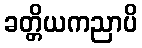
ခတ္တိယကညာပိ